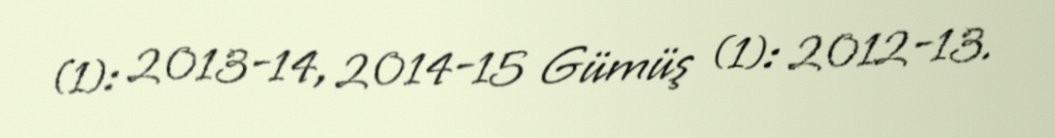
(1): 2013-14, 2014-15 Gümüş (1): 2012-13.